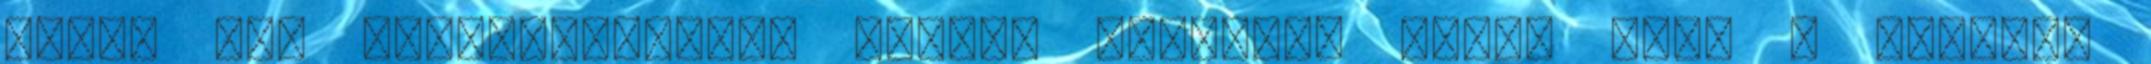
ebből egy megkönnyebbült sóhajt hallanak csak. Amíg a tanárnő